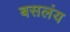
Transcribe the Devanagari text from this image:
बसलंय